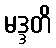
မဒ္ဒတိ